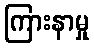
ကြားနာမှု